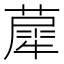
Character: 𦼗